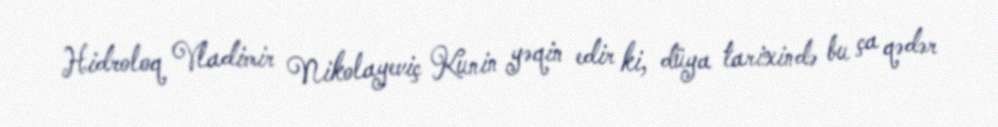
Hidroloq Vladimir Nikolayeviç Kunin yəqin edir ki, düya tarixində bu ça qədər